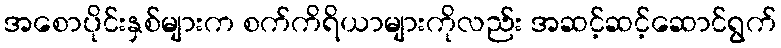
အစောပိုင်းနှစ်များက စက်ကိရိယာများကိုလည်း အဆင့်ဆင့်ဆောင်ရွက်